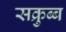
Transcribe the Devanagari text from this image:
सक्रुब्ब